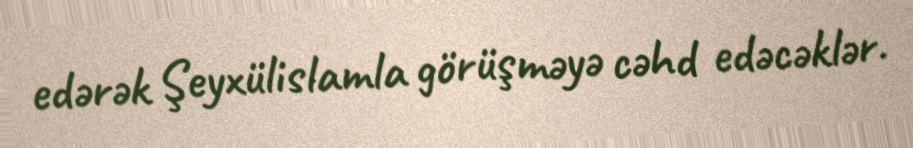
edərək Şeyxülislamla görüşməyə cəhd edəcəklər.